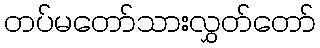
တပ်မတော်သားလွှတ်တော်